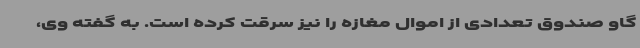
گاو صندوق تعدادی از اموال مغازه را نیز سرقت کرده است. به گفته وی،